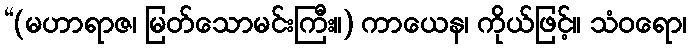
“(မဟာရာဇ၊ မြတ်သောမင်းကြီး။) ကာယေန၊ ကိုယ်ဖြင့်။ သံဝရော၊